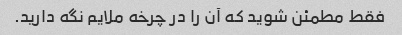
فقط مطمئن شوید که آن را در چرخه ملایم نگه دارید.